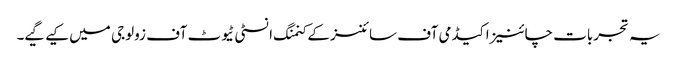
یہ تجربات چائنیز اکیڈمی آف سائنسز کے کنمنگ انسٹی ٹیوٹ آف زولوجی میں کیے گیے۔